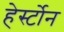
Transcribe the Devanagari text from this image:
हेर्स्टोन